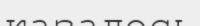
казалось